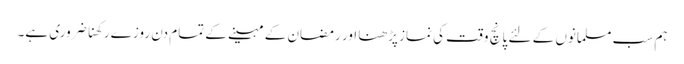
ہم سب مسلمانوں کے لئے پانچ وقت کی نماز پڑھنا اور رمضان کے مہینے کے تمام دن روزے رکھنا ضروری ہے۔